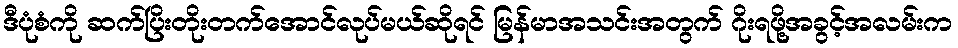
ဒီပုံစံကို ဆက်ပြိးတိုးတက်အောင်လုပ်မယ်ဆိုရင် မြန်မာအသင်းအတွက် ဂိုးရဖို့အခွင့်အလမ်းက